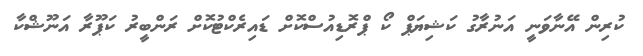
ކުރިން އޭނާވަނީ އަނުރާގު ކަޝިޔަޕް ކޯ ޕްރޮޑިއުސްކޮށް ޑައިރެކްޓުކޮށް ރަންބީރު ކަޕޫރާ އަނޫޝްކާ